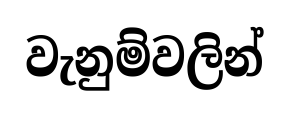
වැනුම්වලින්